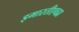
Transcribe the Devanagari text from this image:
इमारतीएवढा